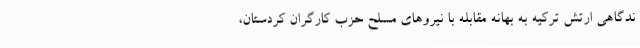
ندگاهی ارتش ترکیه به بهانه مقابله با نیروهای مسلح حزب کارگران کردستان،